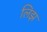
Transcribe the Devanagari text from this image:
लिझ